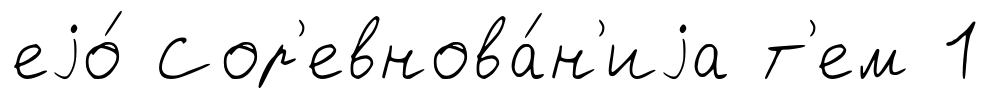
еjо́ Сор'евнова́н'иjа т'ем 1